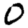
Digit: 0